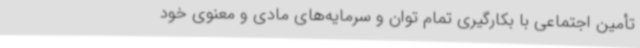
تأمین اجتماعی با بکارگیری تمام توان و سرمایه‌های مادی و معنوی خود